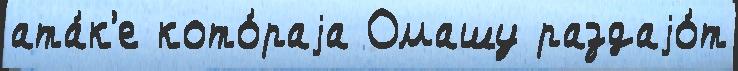
ата́к'е кото́раjа Омашу раздаjо́т